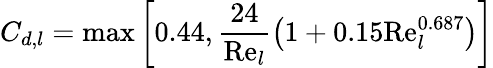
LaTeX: C_{d,l}=\operatorname*{max}\left[0.44,\frac{24}{\mathrm{Re}_{l}}\left(1+0.15\mathrm{Re}_{l}^{0.687}\right)\right]